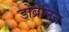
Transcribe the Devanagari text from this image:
डोब्रेनिन